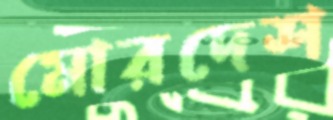
মোরদেশ